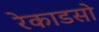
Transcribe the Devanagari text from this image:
रेकाडसो